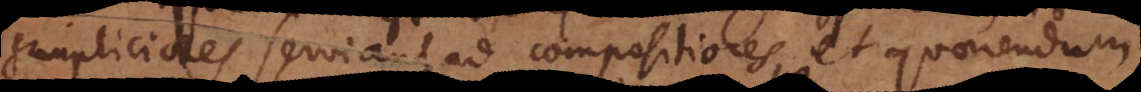
simpliciores serviant ad compositiores, et quaerendum